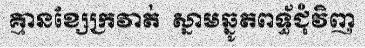
គ្មានខ្សែក្រវាត់  ស្នាមឆ្នូតពទ្ធ័ជុំវិញ